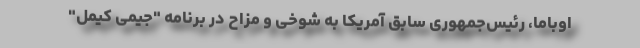
اوباما، رئیس‌جمهوری سابق آمریکا به شوخی و مزاح در برنامه "جیمی کیمل"